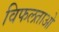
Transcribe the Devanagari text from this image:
विफलताओ